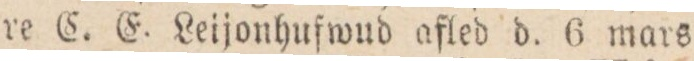
re C. E. Leijonhufwud afled d. 6 mars